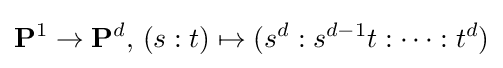
\mathbf {P} ^{1}\to \mathbf {P} ^{d},\,(s:t)\mapsto (s^{d}:s^{d-1}t:\cdots :t^{d})